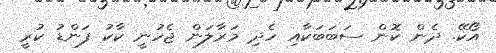
އޯކޭ. ދެން ކޮން ސަބަބަކާއި ހެދި މަރާލަން ޖެހުނީ ކާކު ފަންޑު ކުރީ